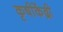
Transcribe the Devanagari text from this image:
कृषीकेंद्री